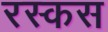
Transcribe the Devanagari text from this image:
रस्कस